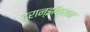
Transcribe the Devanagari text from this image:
ट्रान्झॅक्शन